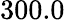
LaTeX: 300.0